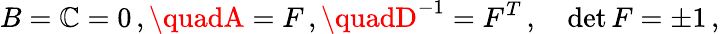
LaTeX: B=\mathbb{C}=0\, ,\quadA=F\, ,\quadD^{-1}=F^{T}\, ,\quad\operatorname*{det}F=\pm1\, ,